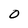
Character: O